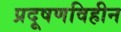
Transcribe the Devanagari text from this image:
प्रदूषणविहीन